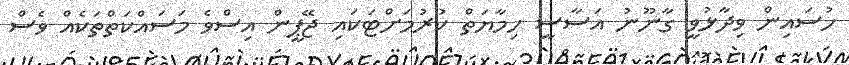
ހުސައިން ވިދާޅުވީ ގާނޫނު އަސާސީ ހިމާޔަތް ކުރުމަށްޓަކައި ޖޭޕީން އިސްވެ މަސައްކަތްތަކެއް ވެސް